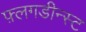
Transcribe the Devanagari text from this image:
फ़्लगडीन्स्ट